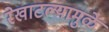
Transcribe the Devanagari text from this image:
रेखाटल्यामुळे